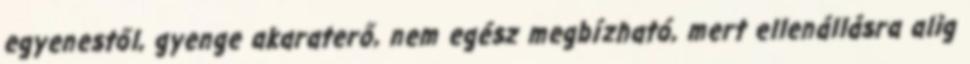
egyenestől, gyenge akaraterő, nem egész megbízható, mert ellenállásra alig